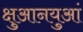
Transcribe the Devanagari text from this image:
क्षुआनयुआं